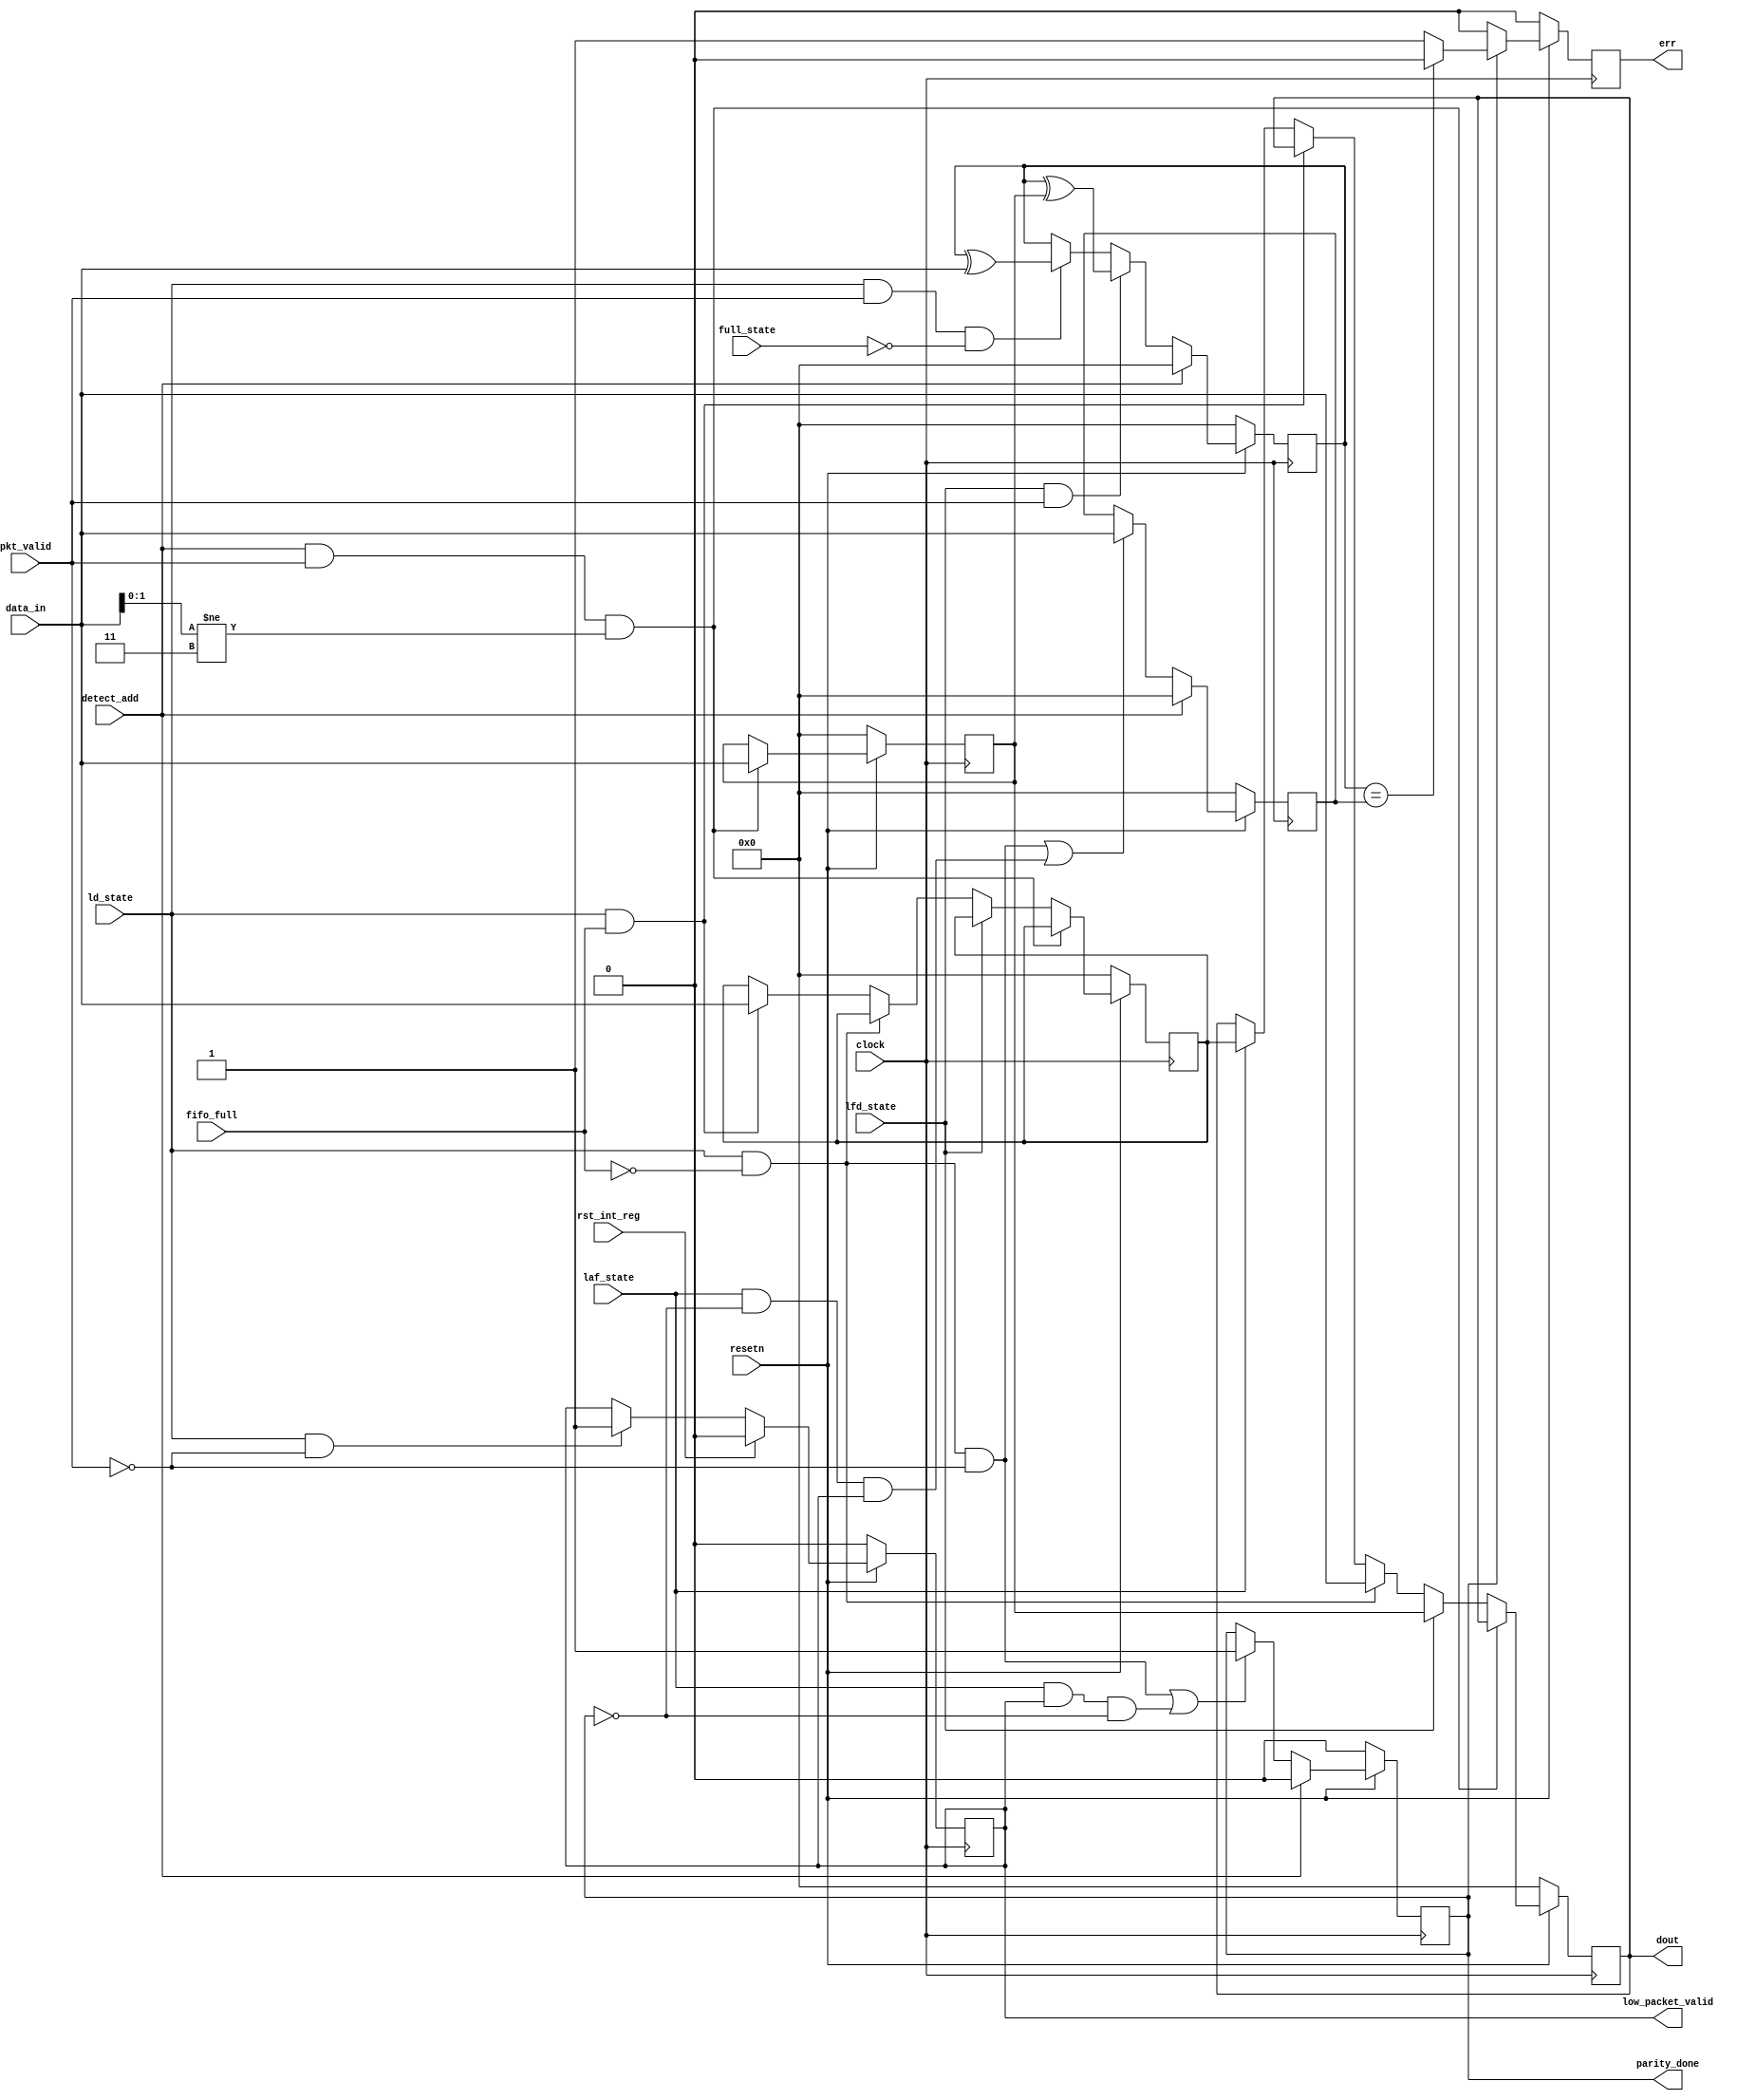
/***************************************************************************************************

NAME        :  PATHA SAISRUJANA
FILENAME    :  router_reg.v
DATE        :  23/08/2022
DESCRIPTION :  ROUTER - REGISTER design

****************************************************************************************************/

module router_reg(clock,resetn,pkt_valid,data_in,fifo_full,detect_add,
                  ld_state,laf_state,full_state,lfd_state,rst_int_reg,err,
                  parity_done,low_packet_valid,dout);

input clock,resetn,pkt_valid,fifo_full,detect_add,ld_state,laf_state,full_state,lfd_state,rst_int_reg;
input [7:0]data_in;
output reg err,parity_done,low_packet_valid;
output reg [7:0]dout;
reg [7:0]header,int_reg,int_parity,ext_parity;
  
  
  //------------------------------DATA OUT LOGIC---------------------------------

	always@(posedge clock)
   	begin
      if(!resetn)
      	begin
	     dout    	 <=0;
	     header  	 <=0;
	     int_reg 	 <=0;
       	end
      else if(detect_add && pkt_valid && data_in[1:0]!=2'b11)
	     header<=data_in;
      else if(lfd_state)
	     dout<=header;
      else if(ld_state && !fifo_full)
	     dout<=data_in;
      else if(ld_state && fifo_full)
	     int_reg<=data_in;
      else if(laf_state)
	     dout<=int_reg;
     end

  //---------------------------LOW PACKET VALID LOGIC----------------------------
	
      	always@(posedge clock)
	   		begin
              if(!resetn)
	 				low_packet_valid<=0; 
         		else if(rst_int_reg)
	 				low_packet_valid<=0;

              else if(ld_state && !pkt_valid) 
         			low_packet_valid<=1;
			end
  //----------------------------PARITY DONE LOGIC--------------------------------
	
	always@(posedge clock)
	begin
      if(!resetn)
	  parity_done<=0;
     else if(detect_add)
	  parity_done<=0;
      else if((ld_state && !fifo_full && !pkt_valid)
              ||(laf_state && low_packet_valid && !parity_done))
	  parity_done<=1;
	end

//---------------------------PARITY CALCULATE LOGIC----------------------------

	always@(posedge clock)
	begin
      if(!resetn)
	 int_parity<=0;
	else if(detect_add)
	 int_parity<=0;
	else if(lfd_state && pkt_valid)
	 int_parity<=int_parity^header;
	else if(ld_state && pkt_valid && !full_state)
	 int_parity<=int_parity^data_in;
	else
	 int_parity<=int_parity;
	end
	 

//-------------------------------ERROR LOGIC-----------------------------------

	always@(posedge clock)
		begin
          if(!resetn)
	  			err<=0;
	      else if(parity_done)
	       		begin
	 				if (int_parity==ext_parity)
	    				err<=0;
	 				else 
	    			err<=1;
	 			end
	 	   else
	    		err<=0;
	      end

//-------------------------------EXTERNAL PARITY LOGIC-------------------------

	always@(posedge clock)
	begin
      if(!resetn)
	  		ext_parity<=0;
      else if(detect_add)
	  		ext_parity<=0;
      else if((ld_state && !fifo_full && !pkt_valid) || (laf_state && !parity_done && low_packet_valid))
	  		ext_parity<=data_in;
	 end

endmodule